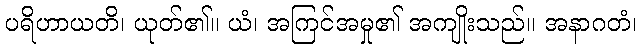
ပရိဟာယတိ၊ ယုတ်၏။ ယံ၊ အကြင်အမှု၏ အကျိုးသည်။ အနာဂတံ၊